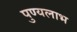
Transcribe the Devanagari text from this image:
पुण्यलाभ